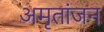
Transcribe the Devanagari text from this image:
अमृतांजन